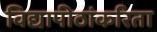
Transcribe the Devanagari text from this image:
विद्यापीठांकरिता